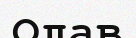
Олав